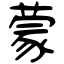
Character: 蒙